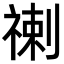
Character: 𥚲